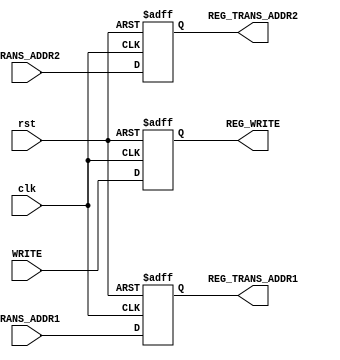
module REG_TRANS_ADDR(clk,rst,TRANS_ADDR1,TRANS_ADDR2,WRITE,REG_TRANS_ADDR1,REG_TRANS_ADDR2,REG_WRITE);
input clk,rst,WRITE;
input [9:0] TRANS_ADDR1,TRANS_ADDR2;
output reg REG_WRITE;
output reg [9:0] REG_TRANS_ADDR1,REG_TRANS_ADDR2;

always @ (posedge clk or negedge rst)
	begin
		if (!rst )
			begin 
				REG_TRANS_ADDR1<=0; REG_TRANS_ADDR2<=0; REG_WRITE<=0;
			end
		else  
			begin
				REG_TRANS_ADDR1<=TRANS_ADDR1; REG_TRANS_ADDR2<=TRANS_ADDR2; REG_WRITE<=WRITE;
			end
	end

endmodule